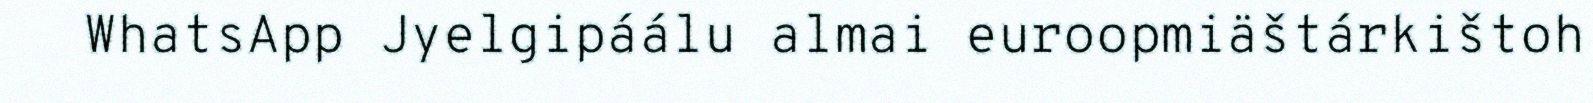
WhatsApp Jyelgipáálu almai euroopmiäštárkištoh